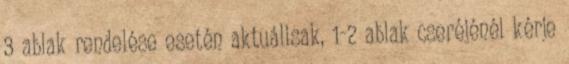
3 ablak rendelése esetén aktuálisak, 1-2 ablak cseréjénél kérje